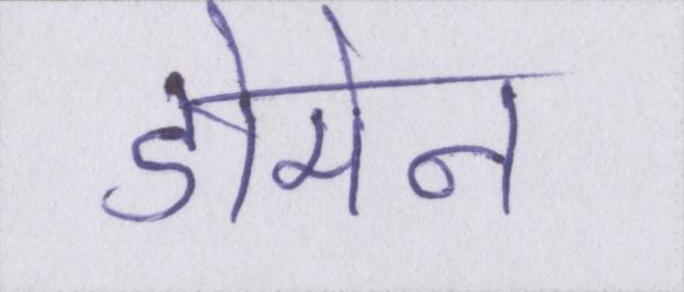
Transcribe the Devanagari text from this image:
डोमेन